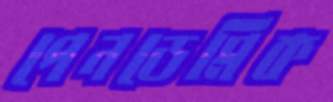
পেনডেমিক